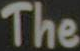
The